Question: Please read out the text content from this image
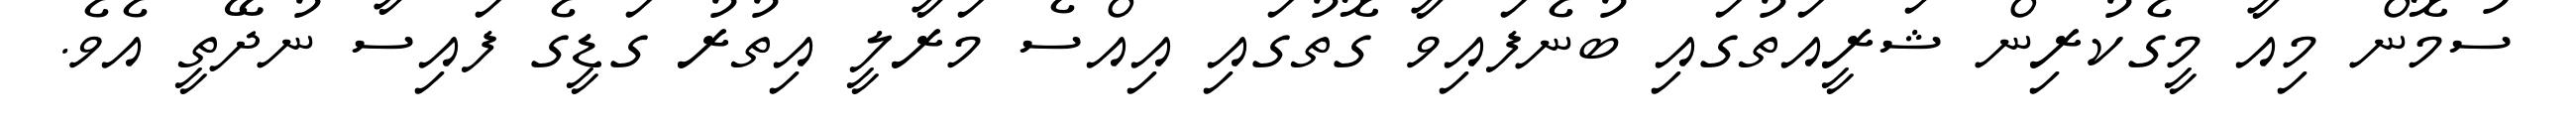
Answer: ސުމޮން މިއާ މީގެކުރިން ޝަރީއަތުގައި ބުނެފައިވާ ގޮތުގައި އިއްސެ މަރާލީ އިތުރު ގަޑީގެ ފައިސާ ނުދޭތީ އެވެ.